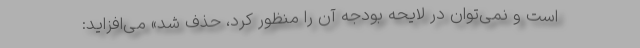
است و نمی‌توان در لایحه بودجه آن را منظور کرد، حذف شد» می‌افزاید: